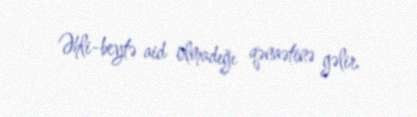
Əhli-beytə aid olmadığı qənaətinə gəlir.